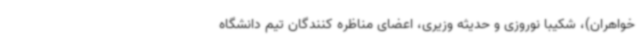
خواهران)، شکیبا نوروزی و حدیثه وزیری، اعضای مناظره کنندگان تیم دانشگاه